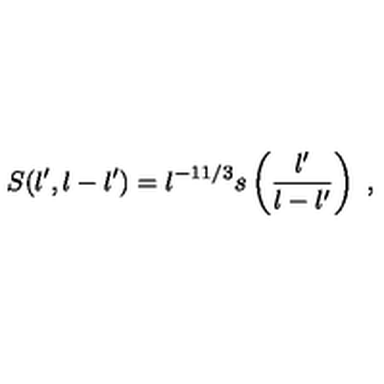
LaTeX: S ( l ^ { \prime } , l - l ^ { \prime } ) = l ^ { - 1 1 / 3 } s \left( \frac { l ^ { \prime } } { l - l ^ { \prime } } \right) \ ,